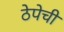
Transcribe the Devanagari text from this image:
ठेपेची